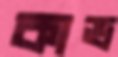
কাভ